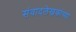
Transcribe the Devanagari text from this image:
संवादलेखकांच्या